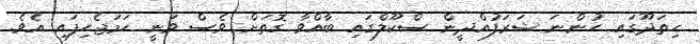
ހިތަދޫގައި ހުންނަ ޝަރަފުއްދީން ސްކޫލްގައި ބާއްވާ ގޮތަށް ވެސް ވަނީ ހަމަޖެހިފައި އެވެ.